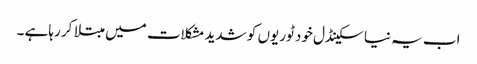
اب یہ نیا سکینڈل خود ٹوریوں کو شدید مشکلات میں مبتلا کر رہاہے ۔